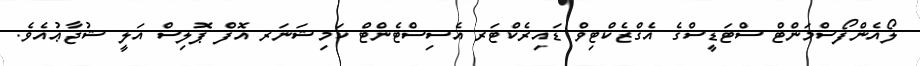
ލޯއެންފޯސްމަންޓް ސްޓަޑީސްގެ އެގްޒެކްޓިވް ޑައިރެކްޓަރ އެސިސްޓެންޓް ކަމިޝަަނަރ އޮފް ޕޮލިސް އަލީ ޝުޖާޢުއެވެ.